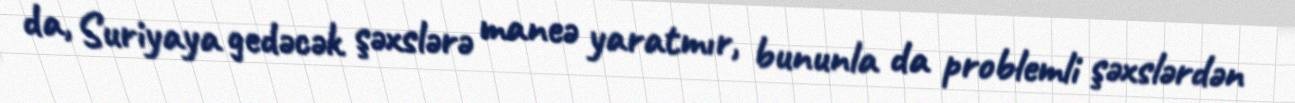
da, Suriyaya gedəcək şəxslərə maneə yaratmır, bununla da problemli şəxslərdən